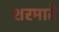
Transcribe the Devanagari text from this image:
शरमाते